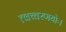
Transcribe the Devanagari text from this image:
त्वच्चरणयोः।